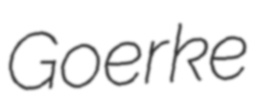
Goerke